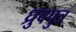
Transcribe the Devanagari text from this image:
ध्रुवपुत्र